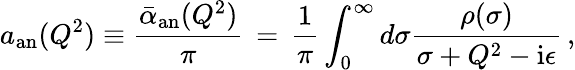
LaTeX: a_{\mathrm{an}}(Q^{2})\equiv\frac{\bar{\alpha}_{\mathrm{an}}(Q^{2})}{\pi}\, =\, \frac{1}{\pi}\int_{0}^{\infty}d\sigma\frac{\rho(\sigma)}{\sigma+Q^{2}-\mathrm{i}\epsilon}\, ,